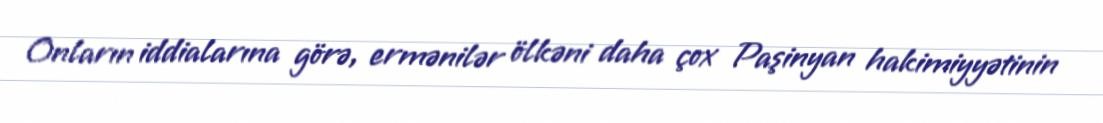
Onların iddialarına görə, ermənilər ölkəni daha çox Paşinyan hakimiyyətinin